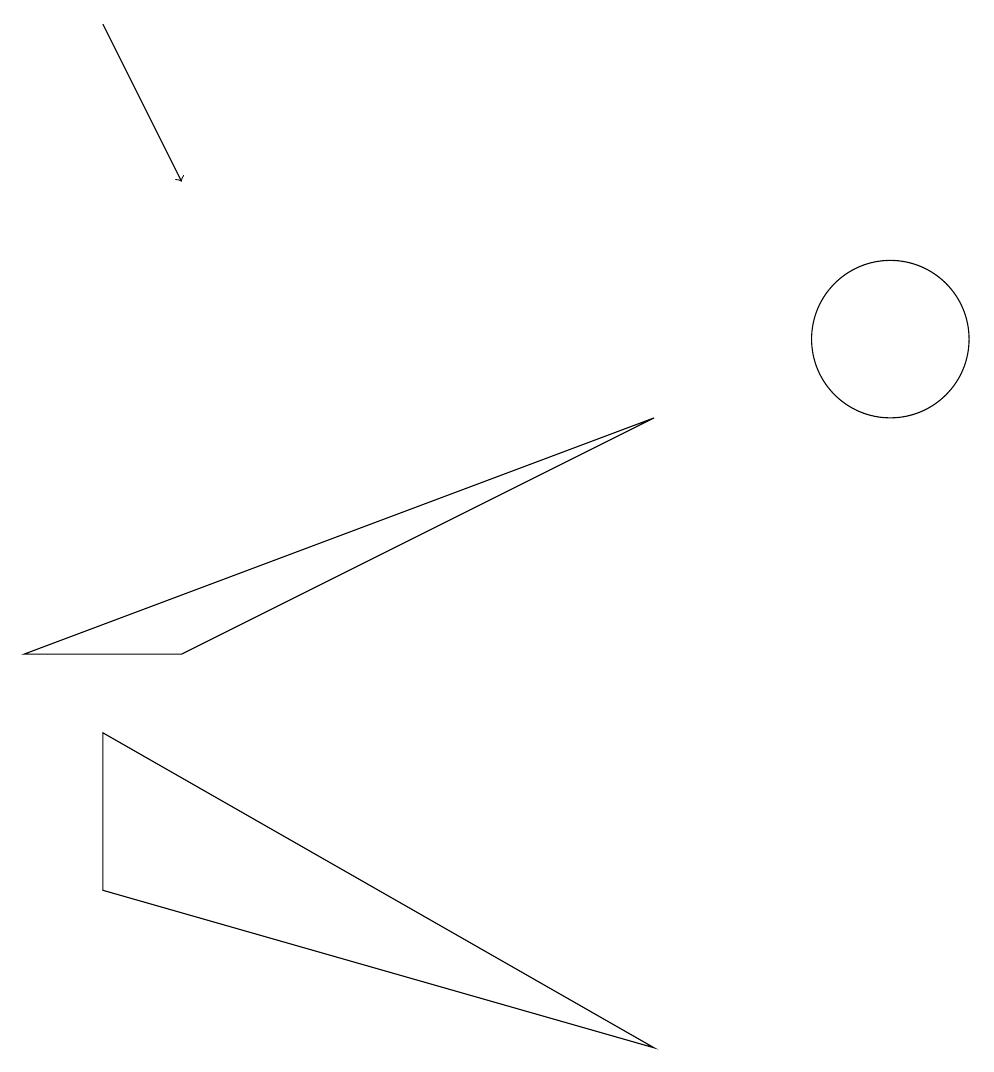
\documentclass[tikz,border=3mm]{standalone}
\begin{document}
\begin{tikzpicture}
\draw (3,6) -- (1,6) -- (9,9) -- cycle;
\draw[->] (2,14) -- (3,12);
\draw (12,10) circle (1);
\draw (2,5) -- (9,1) -- (2,3) -- cycle;
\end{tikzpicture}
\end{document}